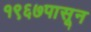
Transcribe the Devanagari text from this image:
१९६७पासून